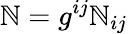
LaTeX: \mathbb{N}=g^{ij}\mathbb{N}_{ij}